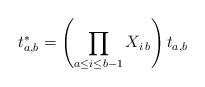
LaTeX: \begin{align*}t_{a,b}^*=\left( \prod_{a \le i \le b-1} X_{i\,b}\right) t_{a,b}\end{align*}